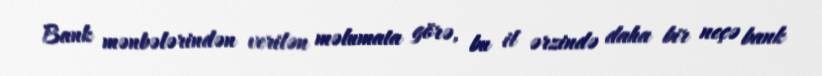
Bank mənbələrindən verilən məlumata görə, bu il ərzində daha bir neçə bank